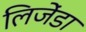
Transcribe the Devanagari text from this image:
लिजेंडा